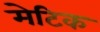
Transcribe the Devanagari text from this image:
मेटिक